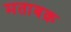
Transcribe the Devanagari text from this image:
मताबक़